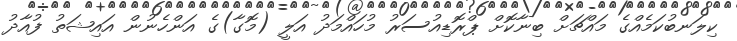
ކިލަނބުކަމެއްގެ މައްޗަށް ބިނާކޮށް ޕްރޮޑިއުސަރު މުހައްމަދު އަލީ (މޮގާ)ގެ އަންހެނުން އައިޝަތު ފުއާދު